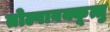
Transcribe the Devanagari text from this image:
तोल्पावक्कूत्तु